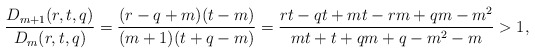
\begin{align*}\frac{D_{m+1}(r,t,q)}{D_m(r,t,q)}=\frac{(r-q+m)(t-m)}{(m+1)(t+q-m)}=\frac{rt-qt+mt-rm+qm-m^2}{mt+t+qm+q-m^2-m}>1,\end{align*}